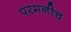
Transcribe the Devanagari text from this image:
परमनीच